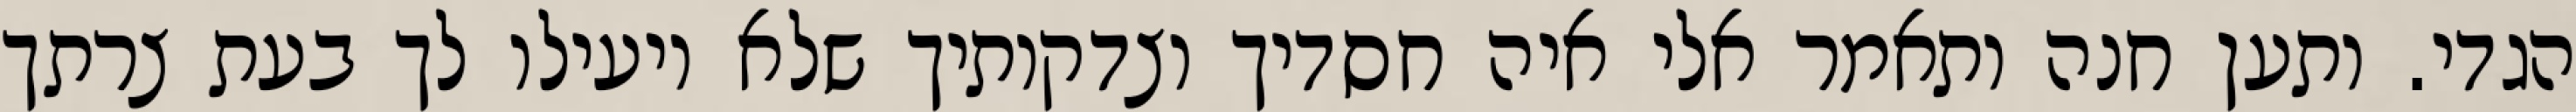
הגדי. ותען חנה ותאמר אלי איה חסדיך וצדקותיך שלא יועילו לך בעת צרתך